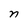
Character: n